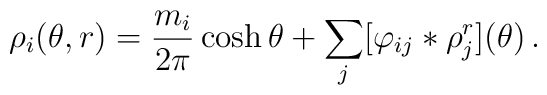
\rho _{i}(\theta ,r)=\frac{m_{i}}{2\pi }\cosh \theta+\sum\limits_{j}[\varphi _{ij}\ast \rho _{j}^{r}](\theta )\,.